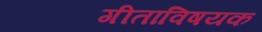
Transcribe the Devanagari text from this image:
गीताविषयक